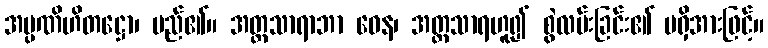
အပ္ပဏိဟိတဋ္ဌော၊ မည်၏။ အတ္တသာရာဘာ ဝေန၊ အတ္တသာရဟူ၍ စွဲလမ်းခြင်း၏ မရှိအားဖြင့်။